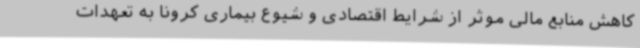
کاهش منابع مالی موثر از شرایط اقتصادی و شیوع بیماری کرونا به تعهدات